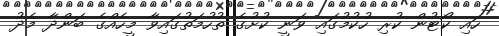
ހައި ކޯޓުން ކުރި ހުކުމުގައި ވަނީ ކުށުގެ ތުހުމަތުގައިވާ މީހެއްގެ ބަންދާ މެދު